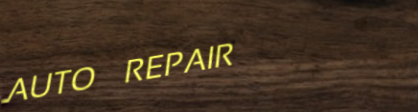
AUTO REPAIR